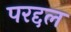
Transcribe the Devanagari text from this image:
परद्दल